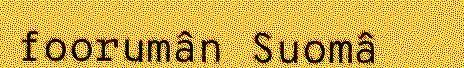
foorumân Suomâ